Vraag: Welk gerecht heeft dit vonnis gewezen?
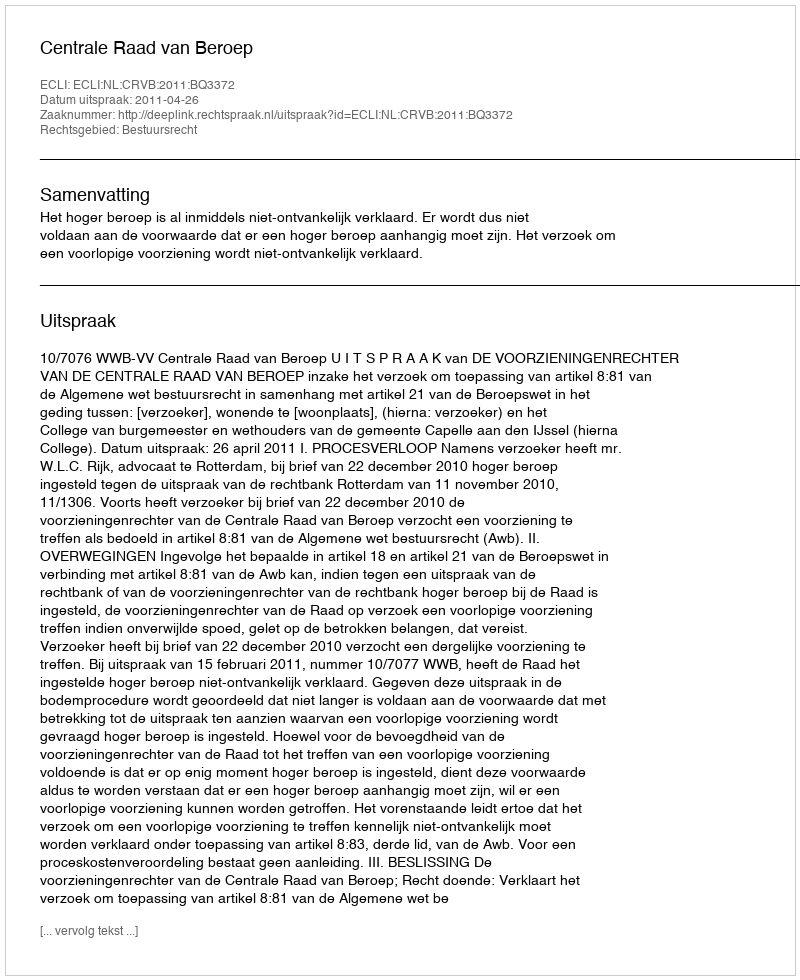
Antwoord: Centrale Raad van Beroep